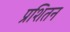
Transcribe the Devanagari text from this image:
प्रशितन